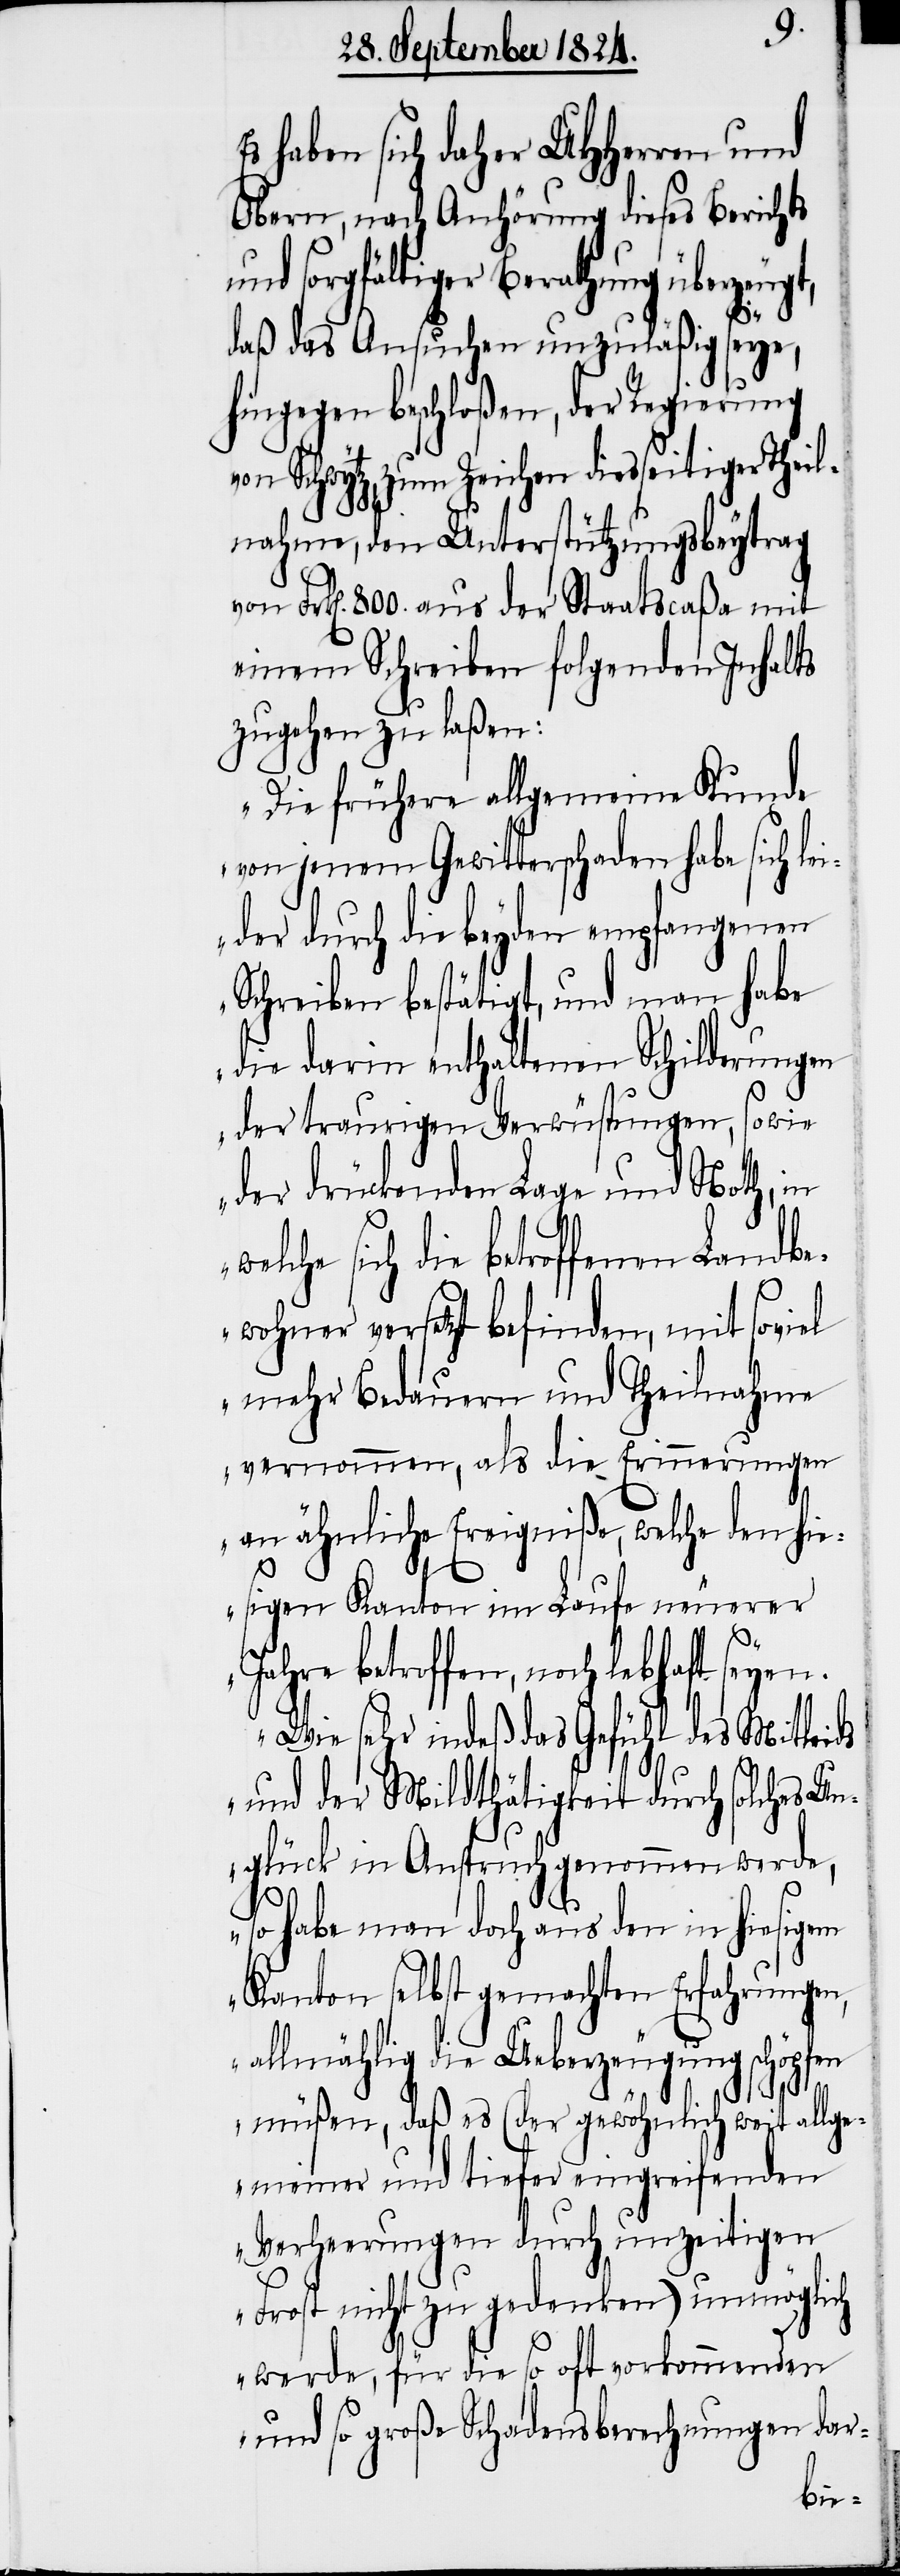
Es haben sich daher UHHerren und
Obern, nach Anhörung dieses Berichts
und sorgfältiger Berathung überzeugt,
daß das Ansuchen unzuläßig seye,
hingegen beschloßen, der Regierung
von Schwytz, zum Zeichen diesseitiger Theil¬
nahme, den Unterstützungsbeytrag
von Frk[en]. 800. aus der Staatscaßa mit
einem Schreiben folgenden Inhalts
zugehen zu laßen:
„Die frühere allgemeine Kunde
von jenem Gewitterschaden habe sich le¬
ider durch die beyden empfangenen
Schreiben bestätigt, und man habe
die darin enthaltenen Schilderungen
der traurigen Verwüstungen, sowie
der drückenden Lage und Noth, in
welche sich die betroffenen Landbe¬
wohner versetzt befinden, mit soviel
mehr Bedauern und Theilnahme
vernommen, als die Erinnerungen
an ähnliche Ereigniße, welche den hie¬
sigen Kanton im Laufe neuerer
Jahre betroffen, noch lebhaft seyen.
Wie sehr indeß das Gefühl des Mitleids
und der Mildthätigkeit durch solches Un¬
glück in Anspruch genommen werde,
so habe man doch aus den in hiesigem
Kanton selbst gemachten Erfahrungen,
allmählig die Ueberzeugung schöpfen
müßen, daß es (der gewöhnlich weit allge¬
meiner und tiefer eingreifenden
Verheerungen durch unzeitigen
Frost nicht zu gedenken) unmöglich
werde, für die so oft vorkommenden
und so große Schadensberechnungen dar-